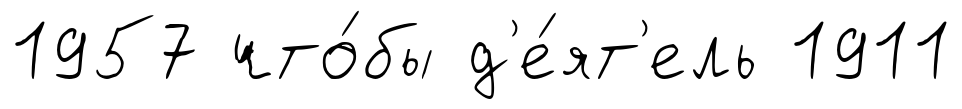
1957 что́бы д'е́ят'ель 1911